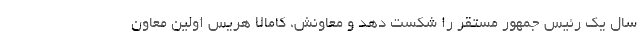
سال یک رئیس جمهور مستقر را شکست دهد و معاونش، کامالا هریس اولین معاون